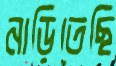
নাড়িতেছি